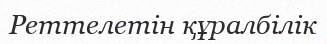
Реттелетін құралбілік